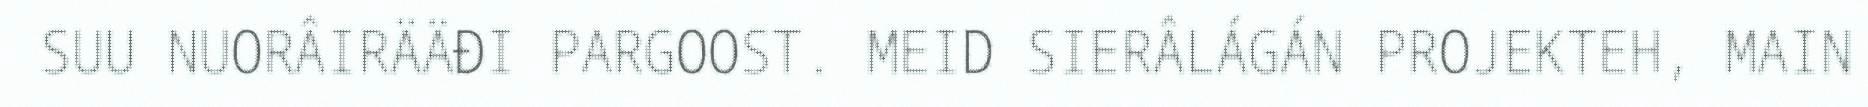
SUU NUORÂIRÄÄĐI PARGOOST. MEID SIERÂLÁGÁN PROJEKTEH, MAIN